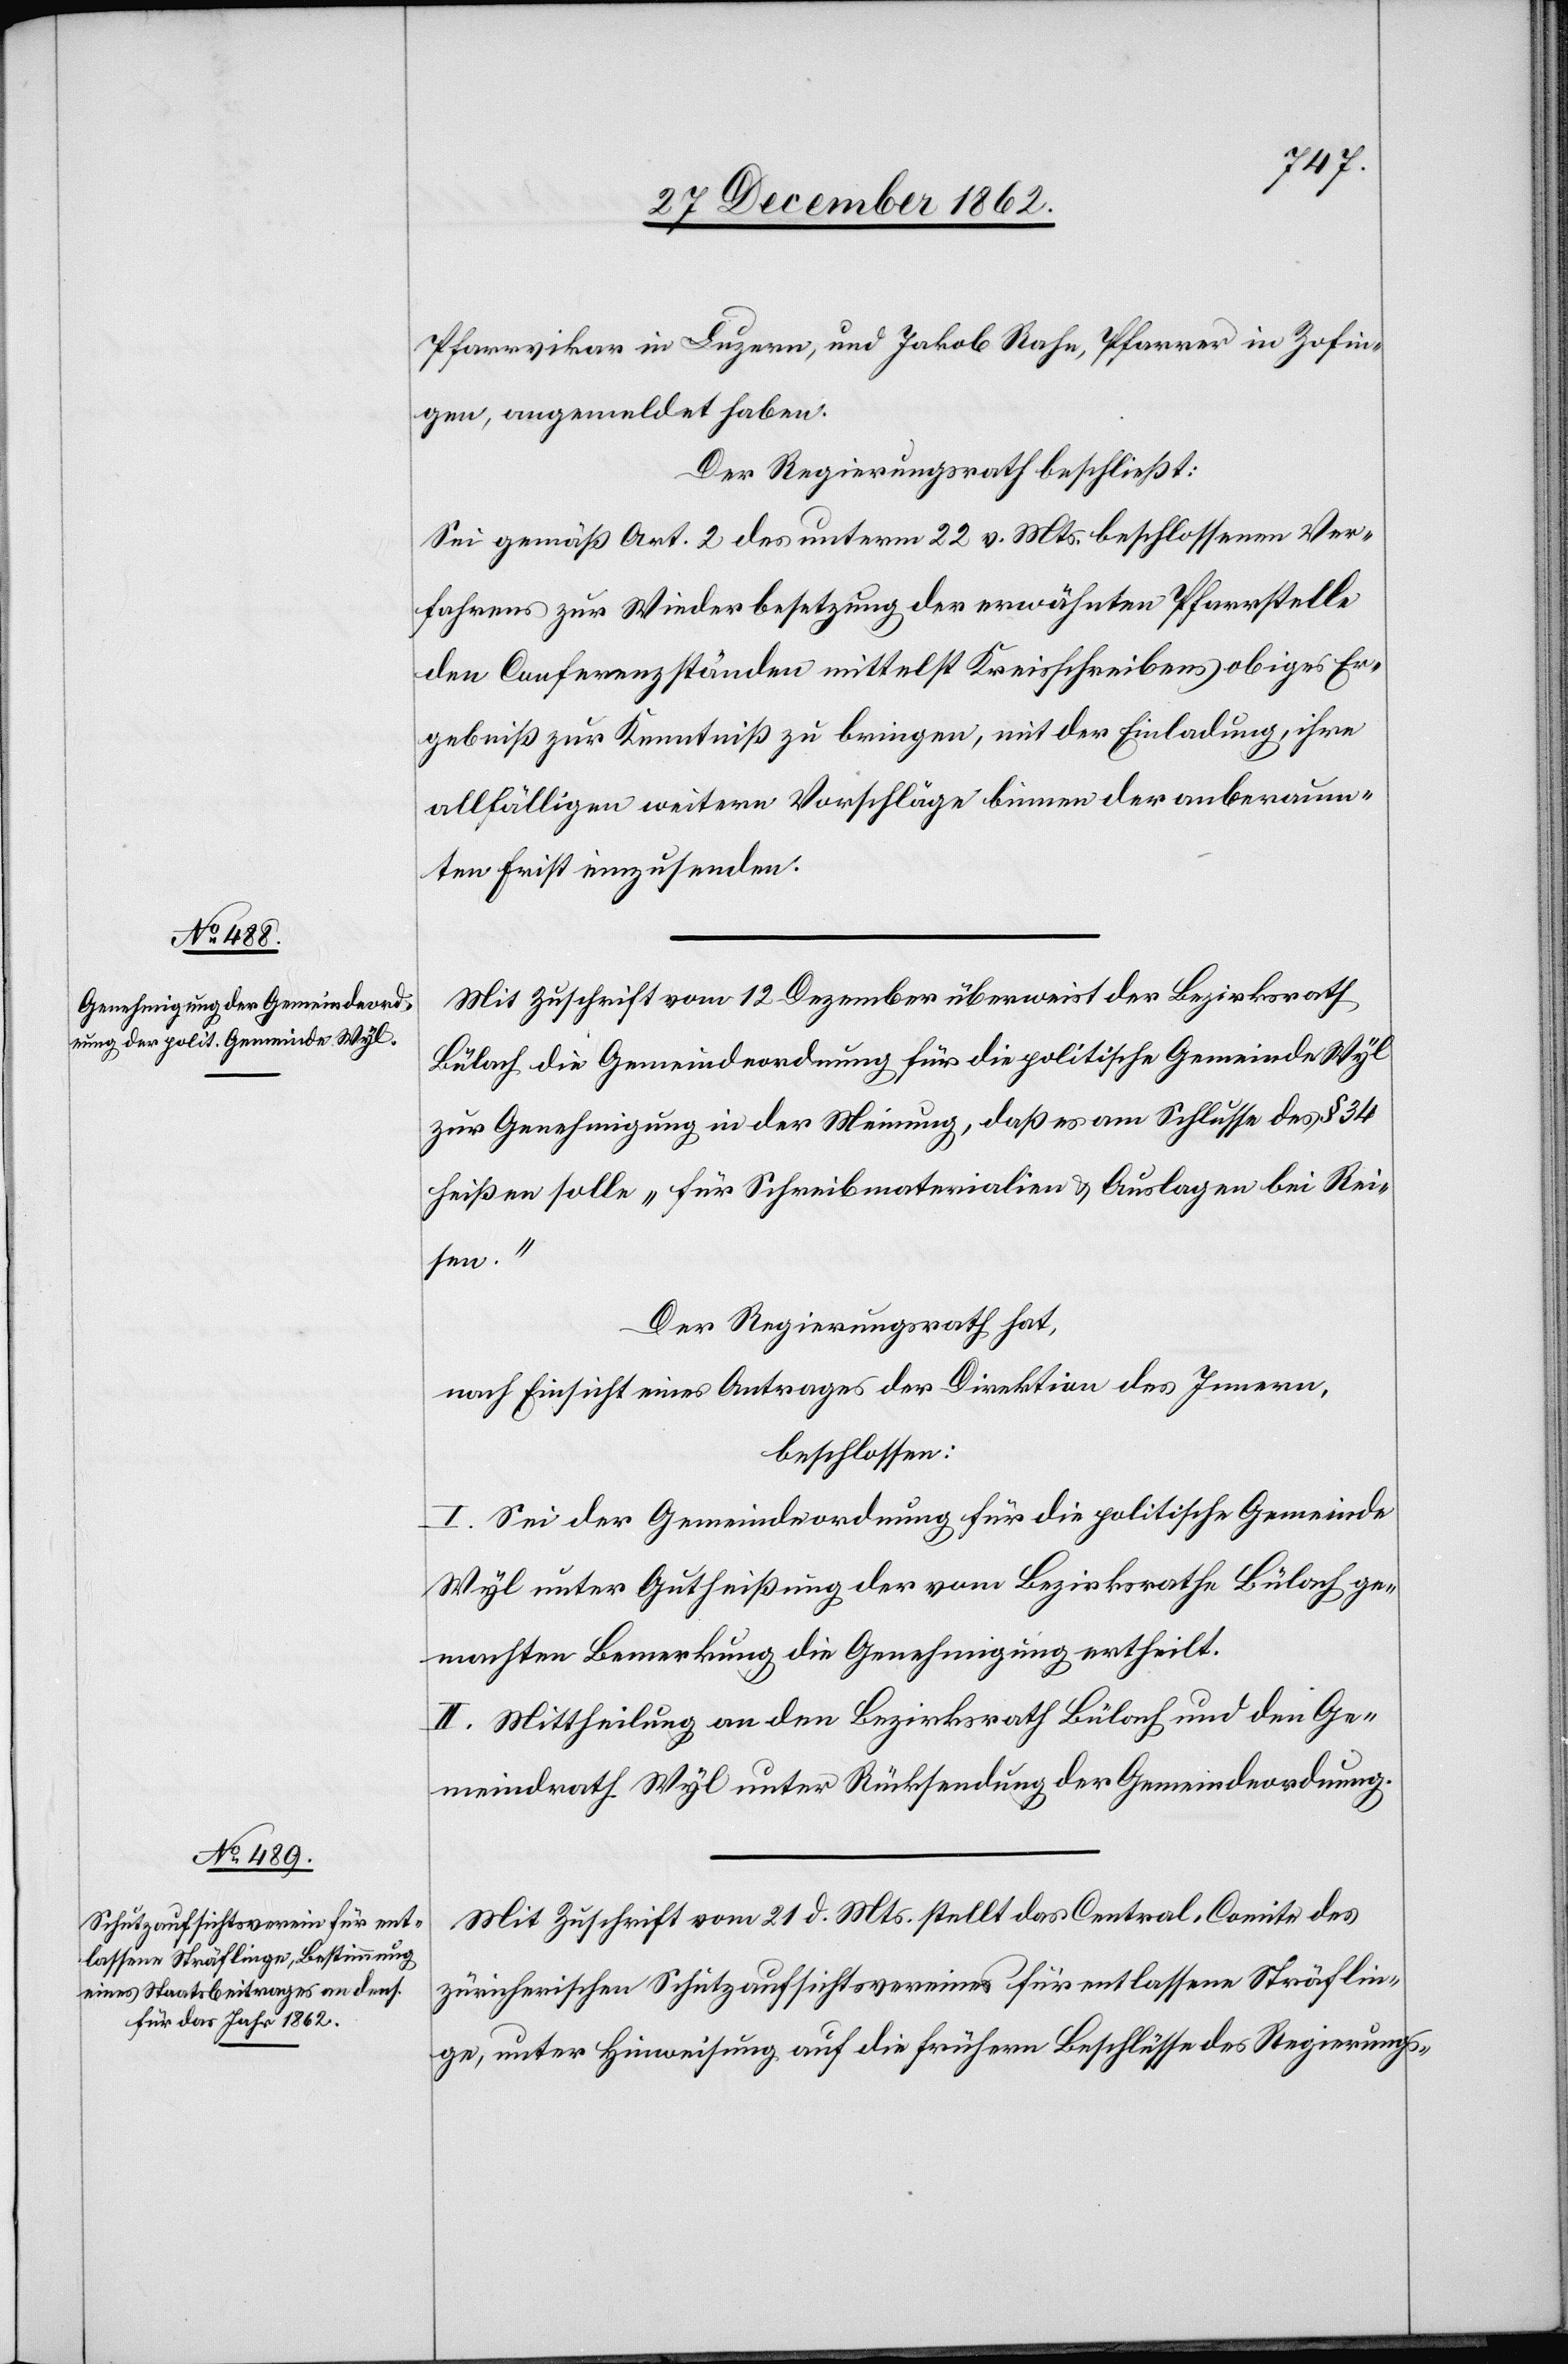
Pfarrvikar in Luzern, und Jakob Rahn, Pfarrer in Zofin¬
gen, angemeldet haben.
Der Regierungsrath beschließt:
Sei gemäß Art. 2 des unterm 22. v. Mts. beschlossenen Ver¬
fahrens zur Wiederbesetzung der erwähnten Pfarrstelle
den Conferenzständen mittelst Kreisschreibens obiges Er¬
gebniß zur Kenntniß zu bringen, mit der Einladung, ihre
allfälligen weitern Vorschläge binnen der anberaum¬
ten Frist einzusenden.
Mit Zuschrift vom 12. Dezember überweiset der Bezirksrath
Bülach die Gemeindeordnung für die politische Gemeinde Wyl
zur Genehmigung in der Meinung, daß es am Schlusse des § 34
heißen solle „für Schreibmaterialien u. Auslagen bei Rei¬
sen“.
Der Regierungsrath hat,
nach Einsicht eines Antrages der Direktion des Innern,
beschlossen:
I. Sei der Gemeindeordnung für die politische Gemeinde
Wyl unter Gutheißung der vom Bezirksrathe Bülach ge¬
machten Bemerkung die Genehmigung ertheilt.
II. Mittheilung an den Bezirksrath Bülach und den Ge¬
meindrath Wyl unter Rücksendung der Gemeindeordnung.
Mit Zuschrift vom 21. d. Mts. stellt das Central-Comite des
züricherischen Schutzaufsichtsvereines für entlassene Sträflin¬
ge, unter Hinweisung auf die frühern Beschlüsse des Regierungs-